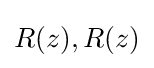
R(z),R(z)